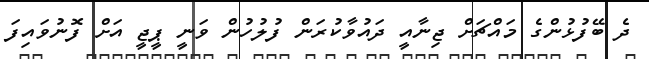
ދެ ބޭފުޅުންގެ މައްޗަށް ޖިނާއީ ދައުވާކުރަން ފުލުހުން ވަނީ ޕީޖީ އަށް ފޮނުވައިފަ